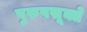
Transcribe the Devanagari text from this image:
पुरुषसूक्ते